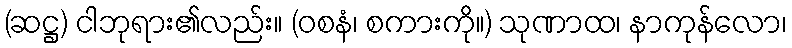
(ဆဋ္ဌ) ငါဘုရား၏လည်း။ (ဝစနံ၊ စကားကို။) သုဏာထ၊ နာကုန်လော၊